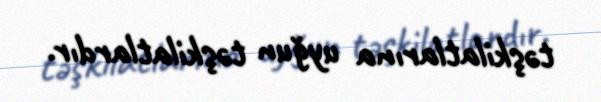
təşkilatlarına uyğun təşkilatlardır.